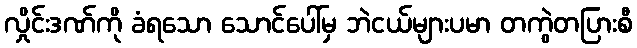
လှိုင်းဒဏ်ကို ခံရသော သောင်ပေါ်မှ ဘဲငယ်များပမာ တကွဲတပြားစီ